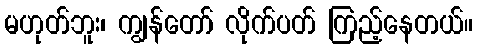
မဟုတ်ဘူး၊ ကျွန်တော် လိုက်ပတ် ကြည့်နေတယ်။